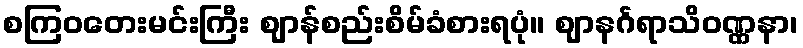
စကြဝတေးမင်းကြီး ဈာန်စည်းစိမ်ခံစားရပုံ။ ဈာနင်္ဂရာသိဝဏ္ဏနာ၊